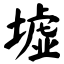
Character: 墟